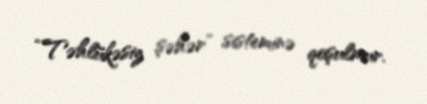
“Təhlükəsiz şəhər” sisteminə qoşulmur.